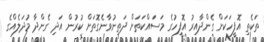
ތަކެތި އޮފީހަކަށް ގެންދާއިރު އޮފީހުގެ މަސައްކަތަށް ދަތިނުވާނެގޮތަށް ކުރުން އަދި ގެންދާ މުދަލެއްގެ